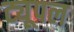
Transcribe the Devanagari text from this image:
ट्यूपल